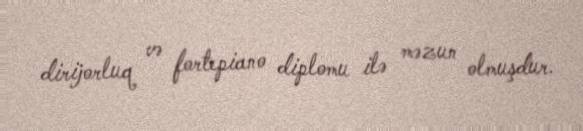
dirijorluq və fortepiano diplomu ilə məzun olmuşdur.